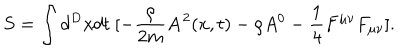
S = \int d ^ { D } x d t ~ [ - \frac { \rho } { 2 m } { \bf A } ^ { 2 } ( x , t ) - \rho A ^ { 0 } - \frac { 1 } { 4 } F ^ { \mu \nu } F _ { \mu \nu } ] .